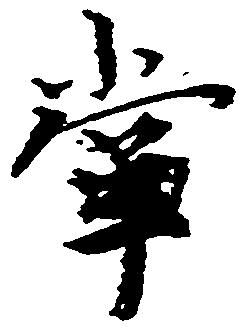
掌